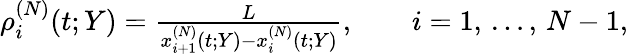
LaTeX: \begin{array}{r}{\rho_{i}^{(N)}(t;Y)=\frac{L}{x_{i+1}^{(N)}(t;Y)-x_{i}^{(N)}(t;Y)},\qquad i=1,\, \dots,\, N-1,}\end{array}